Serum-therapy of plague in India - Number 20
Disease focus: Plague
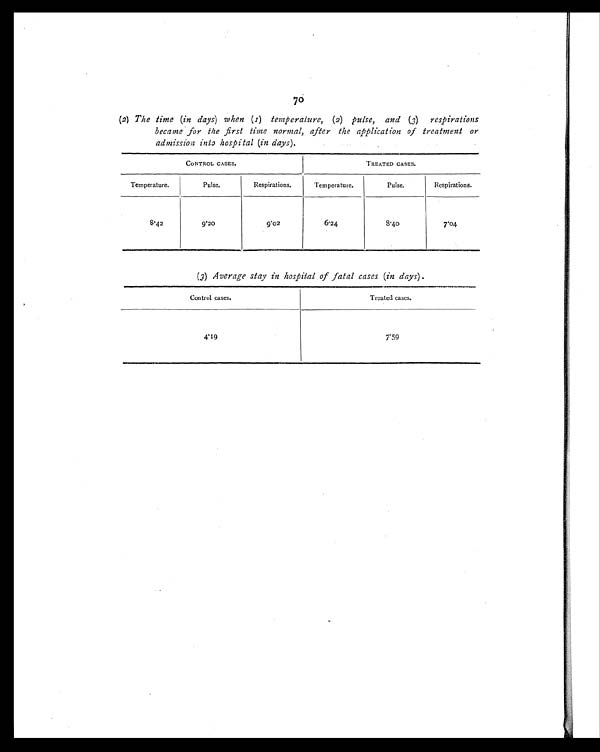
70
(2) The time (in days) when (1) temperature, (2) pulse, and (3) respirations
became for the first time normal, after the application of treatment or
admission into hospital (in days).
CONTROL CASES.
TREATED CASES.
Temperature.
Pulse.
Respirations.
Temperature.
Pulse.
Respirations.
8 . 4 2
9.20
9.02
6.24
8.40
7.04
(3) Average stay in hospital of fatal cases (in days).
Control cases.
Treated cases.
4.19
7.59